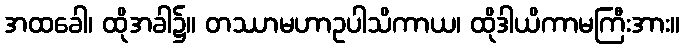
အထခေါ၊ ထိုအခါ၌။ တဿာမဟာဥပါသိကာယ၊ ထိုဒါယိကာမကြီးအား။